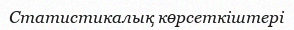
Статистикалық көрсеткіштері